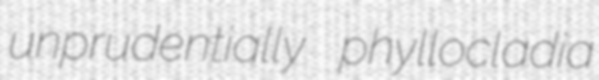
unprudentially phyllocladia